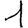
Digit: 1